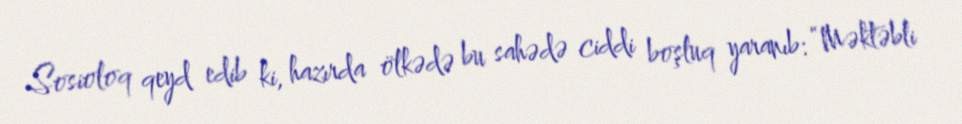
Sosioloq qeyd edib ki, hazırda ölkədə bu sahədə ciddi boşluq yaranıb: “Məktəbli